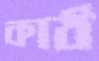
কাঠ